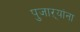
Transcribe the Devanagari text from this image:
पुजाऱ्यांना